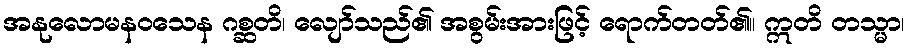
အနုလောမနဝသေန ဂစ္ဆတိ၊ လျော်သည်၏ အစွမ်းအားဖြင့် ရောက်တတ်၏။ ဣတိ တသ္မာ၊